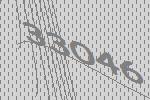
33046